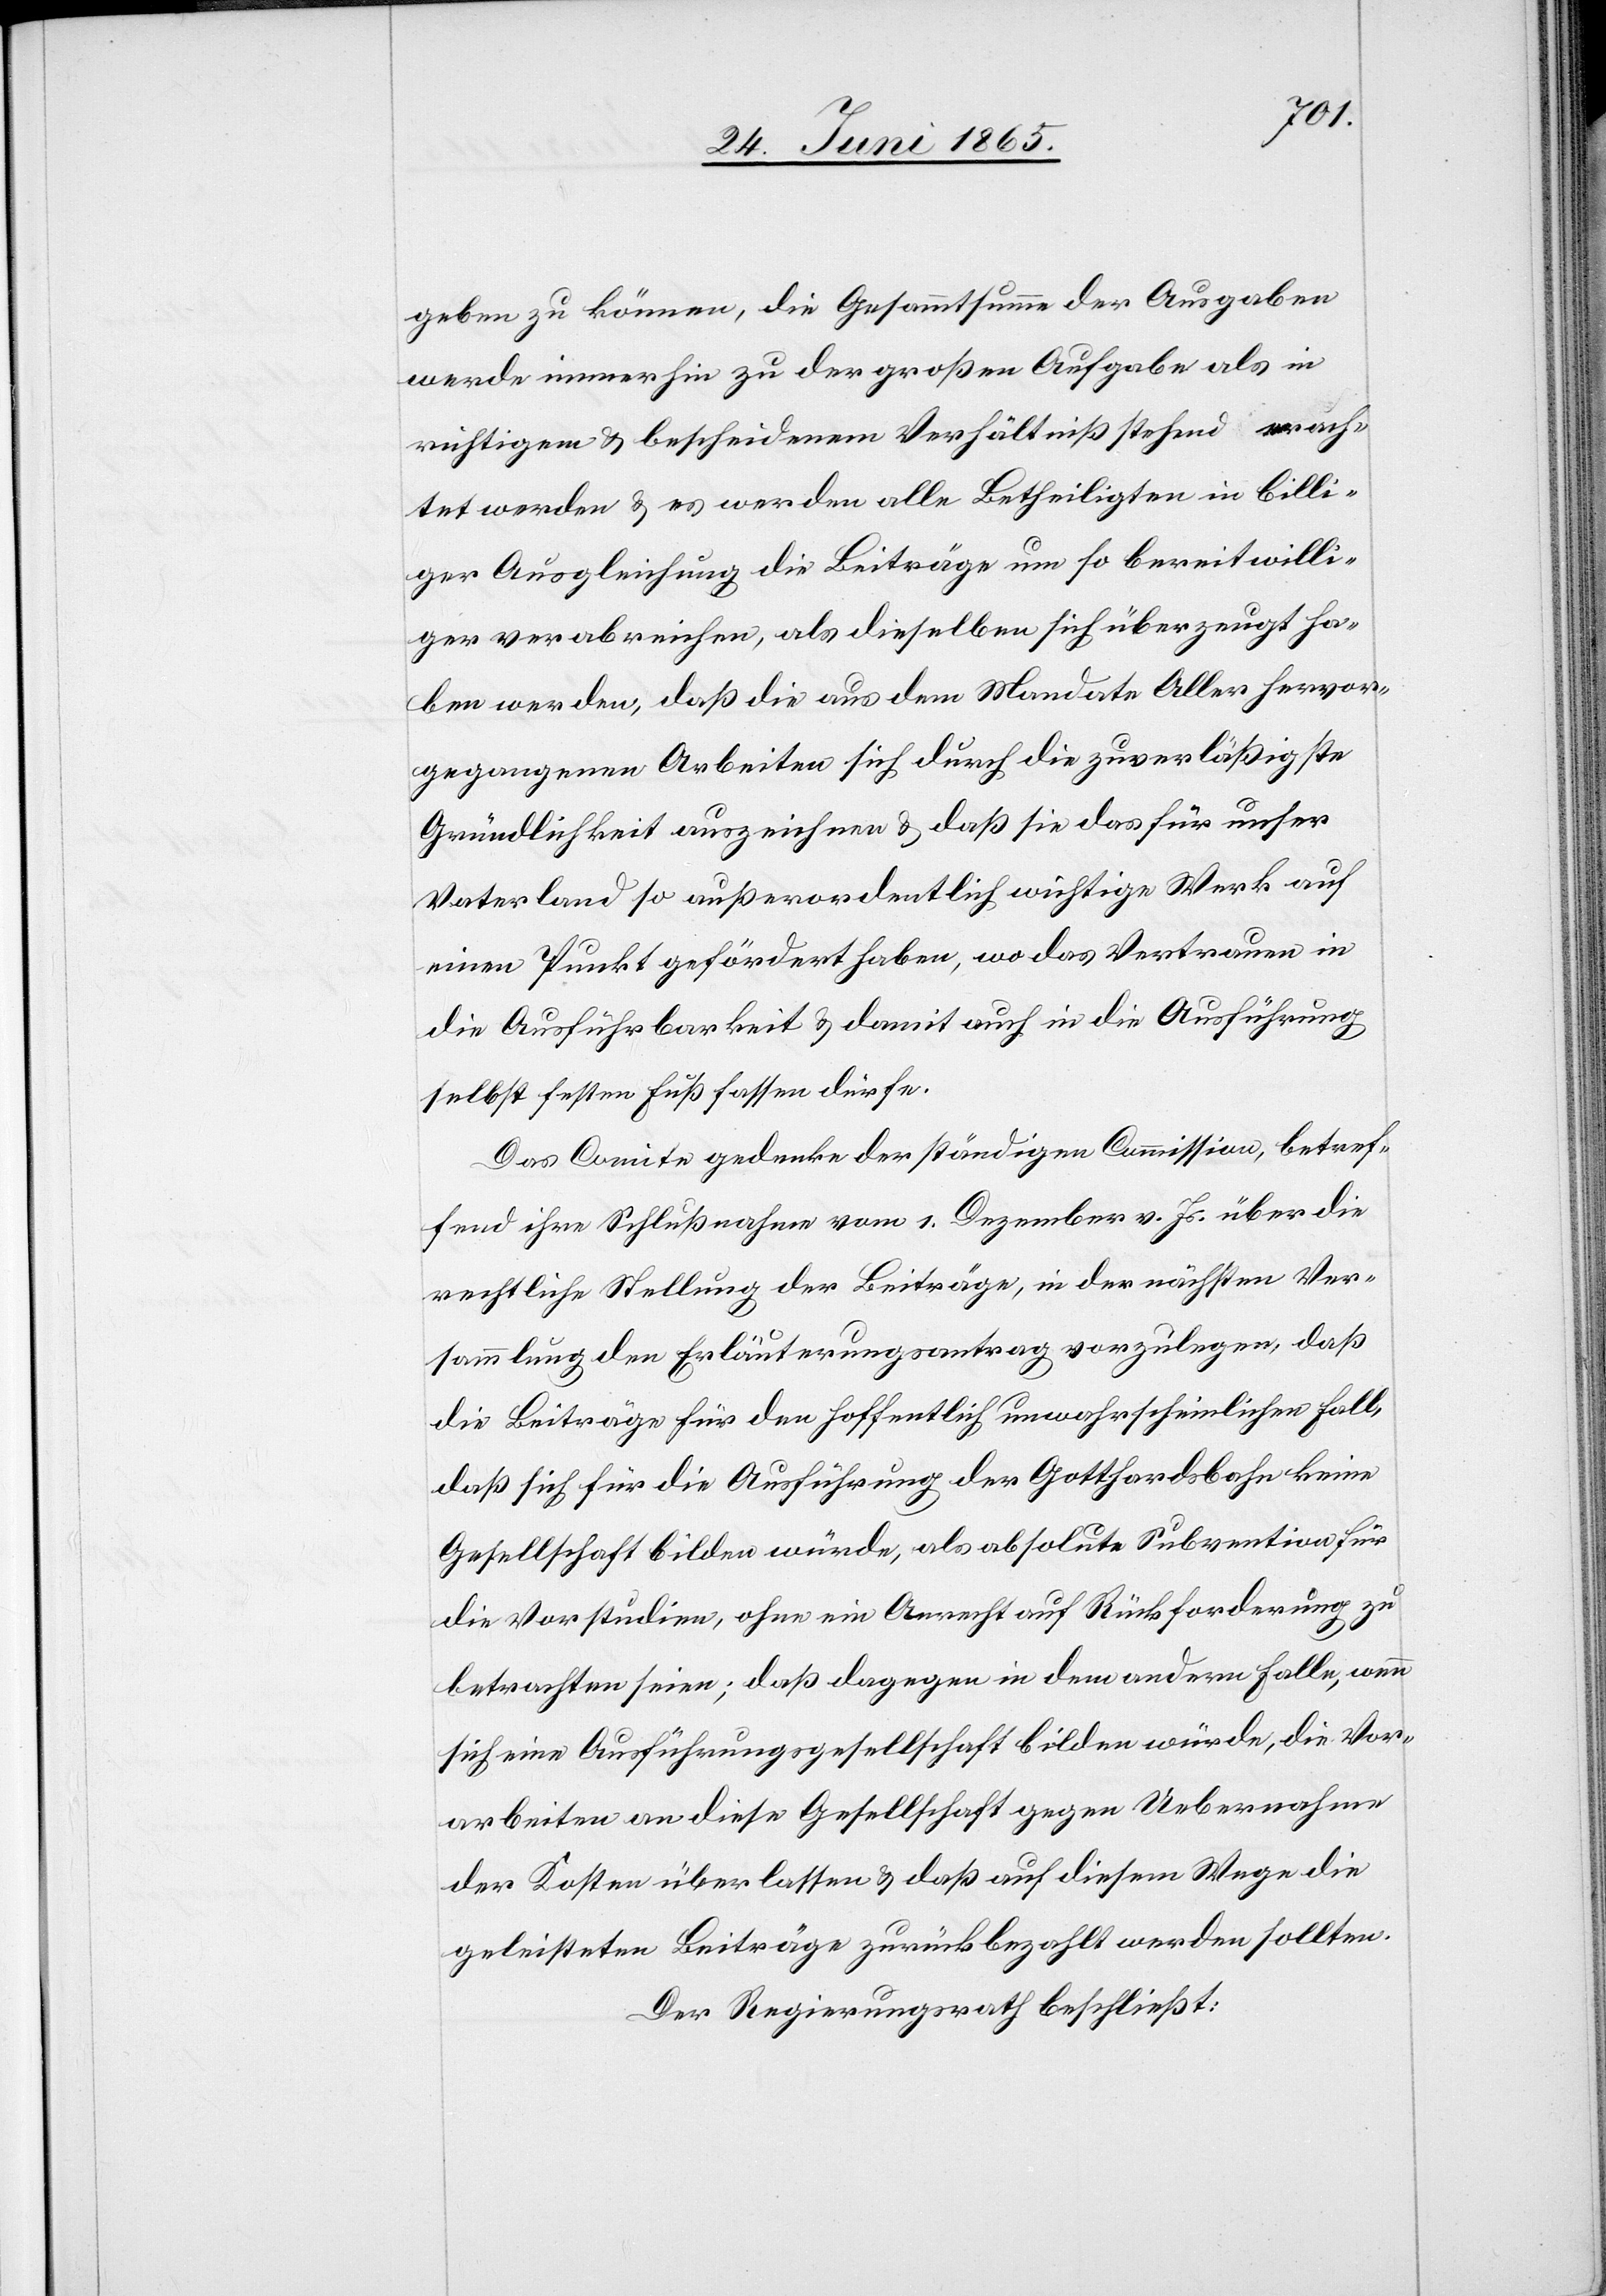
geben zu können, die Gesammtsumme der Ausgaben
werde immerhin zu der großen Aufgabe als in
richtigem & bescheidenem Verhältniß stehend erach¬
tet werden & es werden alle Betheiligten in billi¬
ger Ausgleichung die Beiträge um so bereitwilli¬
ger verabreichen, als dieselben sich überzeugt ha¬
ben werden, daß die aus dem Mandate Aller hervor¬
gegangenen Arbeiten sich durch die zuverläßigste
Gründlichkeit auszeichnen & daß sie das für unser
Vaterland so außerordentlich wichtige Werk auf
einen Punkt gefördert haben, wo das Vertrauen in
die Ausführbarkeit & damit auch in die Ausführung
selbst festen Fuß fassen dürfe.
Das Comite gedenke der ständigen Commission, betref¬
fend ihre Schlußnahme vom 1. Dezember v. Js. über die
rechtliche Stellung der Beiträge, in der nächsten Ver¬
sammlung den Erläuterungsantrag vorzulegen, daß
die Beiträge für den hoffentlich unwahrscheinlichen Fall,
daß sich für die Ausführung der Gotthardsbahn keine
Gesellschaft bilden würde, als absolute Subvention für
die Vorstudien, ohne ein Anrecht auf Rückforderung zu
betrachten seien; daß dagegen in dem andern Falle, wenn
sich eine Ausführungsgesellschaft bilden würde, die Vor¬
arbeiten an diese Gesellschaft gegen Uebernahme
der Kosten überlassen & daß auf diesem Wege die
geleisteten Beiträge zurückbezahlt werden sollten.
Der Regierungsrath beschließt: